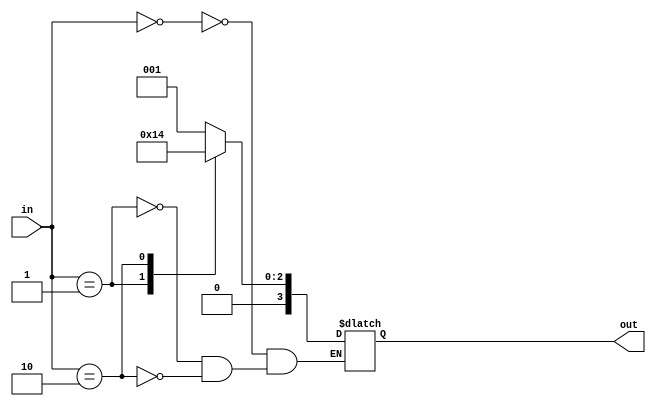
module bin_decoder(
    input wire [1:0] in,
    output reg [3:0] out
);

    always @(*) begin
        case (in)
                2'b00 : out = 4'b0001;
                2'b01 : out = 4'b0010;
                2'b10 : out = 4'b0100;
              //default: out = 4'bxxxx;
        endcase
    end
endmodule

// always @(<edge> <signal> [or...]) begin
// end

module ff (
    input wire clk,
    input wire reset_,
    input wire d_in,
    output reg d_out
    );
    
    
    always @(posedge clk or negedge reset_) begin
        if (reset_ == 1'b0) begin
            d_out <= 1'b0;
        end else begin
            d_out <= d_in;
        end
    end
endmodule